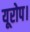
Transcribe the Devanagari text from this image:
यूरोप।